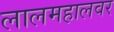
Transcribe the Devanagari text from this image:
लालमहालवर